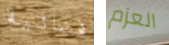
فضائية العزم